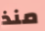
منذ